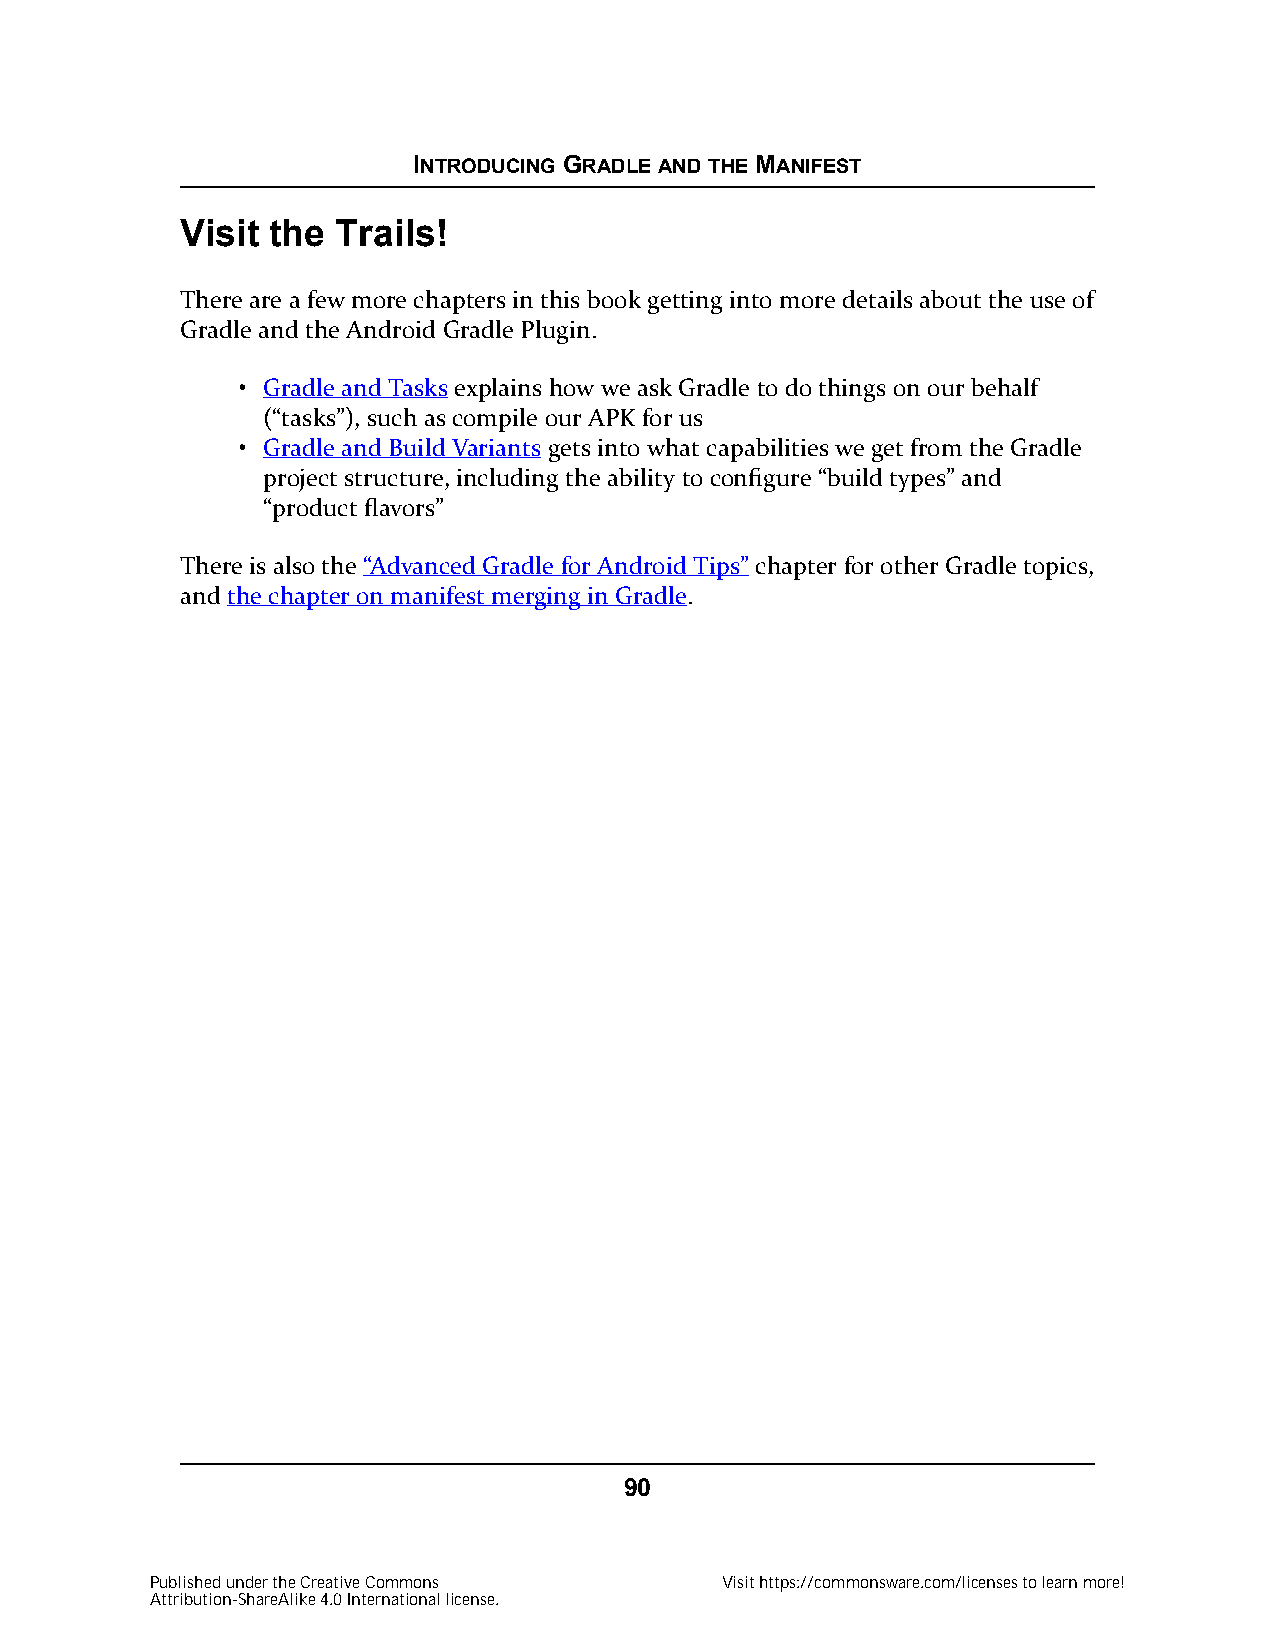
INTRODUCING GRADLE AND THE MANIFEST
 Visit the Trails!
 There are a few more chapters in this book getting into more details about the use of
 Gradle and the Android Gradle Plugin.
 • Gradle and Tasks explains how we ask Gradle to do things on our behalf
 (“tasks”), such as compile our APK for us
 • Gradle and Build Variants gets into what capabilities we get from the Gradle
 project structure, including the ability to configure “build types” and
 “product flavors”
 There is also the “Advanced Gradle for Android Tips” chapter for other Gradle topics,
 and the chapter on manifest merging in Gradle.
 90
 Published under the Creative Commons  Visit https://commonsware.com/licenses to learn more!
 Attribution-ShareAlike 4.0 International license.